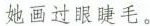
她画过眼睫毛。